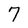
Character: 7